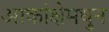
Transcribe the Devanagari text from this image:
आकांक्षेमधुन